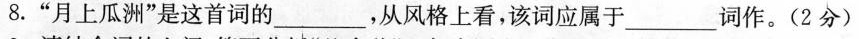
8.”月上瓜洲”是这首词的，从风格上看，该词应属于___词作。